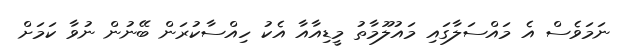
ނަމަވެސް އެ މައްސަލާގައި މައުލޫމާތު މީޑިއާއާ އެކު ހިއްސާކުރަން ބޭނުން ނުވާ ކަމަށް